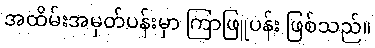
အထိမ်းအမှတ်ပန်းမှာ ကြာဖြူပန်း ဖြစ်သည်။